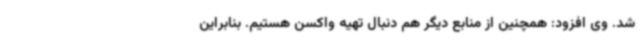
شد. وی افزود: همچنین از منابع دیگر هم دنبال تهیه واکسن هستیم. بنابراین